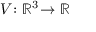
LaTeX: V \! : \mathbb { R } ^ { 3 } \! \rightarrow \mathbb { R }